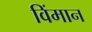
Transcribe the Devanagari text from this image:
विंमान